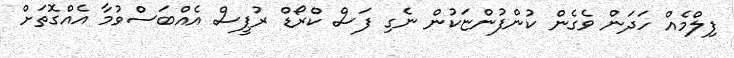
ފިލްމެއް ހަދަން ވެގެން ކުންފުންޏަކުން ނެގި ފަސް ކްރޯޑް ރުޕީސް އެއްބަސްވުމާ އެއްގޮތަށް